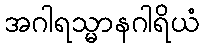
အဂါရသ္မာနဂါရိယံ